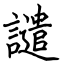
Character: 譴